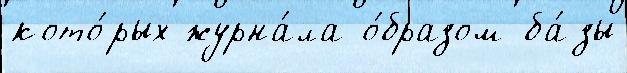
кото́рых журна́ла о́бразом ба́зы